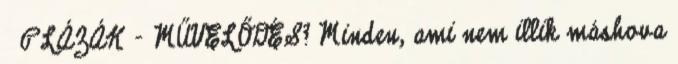
PLÁZÁK - MŰVELŐDÉS? Minden, ami nem illik máshova